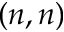
( n , n )